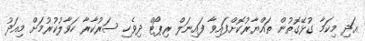
އަދި މިކަމާ ގުޅޭގޮތުން ތައްޔާރުކޮށްފައިވާ ފައިނަލް ރިޕޯޓް ދިވެހި ސަރުކާރާ ހަވާލުކުރުމަށް މިއަދު